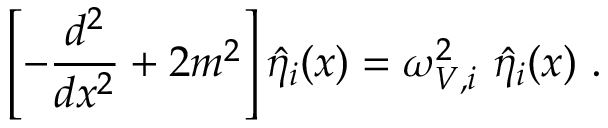
\left[ - \frac { d ^ { 2 } } { d x ^ { 2 } } + 2 m ^ { 2 } \right] \hat { \eta } _ { i } ( x ) = \omega _ { V , i } ^ { 2 } ~ \hat { \eta } _ { i } ( x ) ~ .